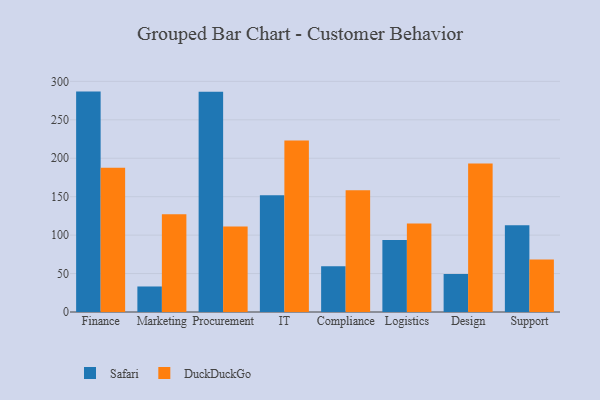
{"axis": {"x": "Department", "y": "Waste Production (Tons)"}, "legend": ["DuckDuckGo", "Safari"], "data": [{"x": "Finance", "y": 286.7, "type": "Safari"}, {"x": "Finance", "y": 187.6, "type": "DuckDuckGo"}, {"x": "Marketing", "y": 33.2, "type": "Safari"}, {"x": "Marketing", "y": 127.1, "type": "DuckDuckGo"}, {"x": "Procurement", "y": 286.6, "type": "Safari"}, {"x": "Procurement", "y": 111.2, "type": "DuckDuckGo"}, {"x": "IT", "y": 151.8, "type": "Safari"}, {"x": "IT", "y": 223.1, "type": "DuckDuckGo"}, {"x": "Compliance", "y": 59.6, "type": "Safari"}, {"x": "Compliance", "y": 158.4, "type": "DuckDuckGo"}, {"x": "Logistics", "y": 93.8, "type": "Safari"}, {"x": "Logistics", "y": 115.2, "type": "DuckDuckGo"}, {"x": "Design", "y": 49.5, "type": "Safari"}, {"x": "Design", "y": 193.2, "type": "DuckDuckGo"}, {"x": "Support", "y": 112.7, "type": "Safari"}, {"x": "Support", "y": 68.2, "type": "DuckDuckGo"}]}